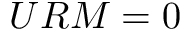
U R M = 0